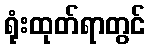
ရုံးထုတ်ရာတွင်